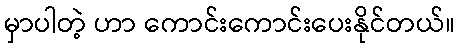
မှာပါတဲ့ ဟာ ကောင်းကောင်းပေးနိုင်တယ်။